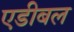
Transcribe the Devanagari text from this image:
एडीबल